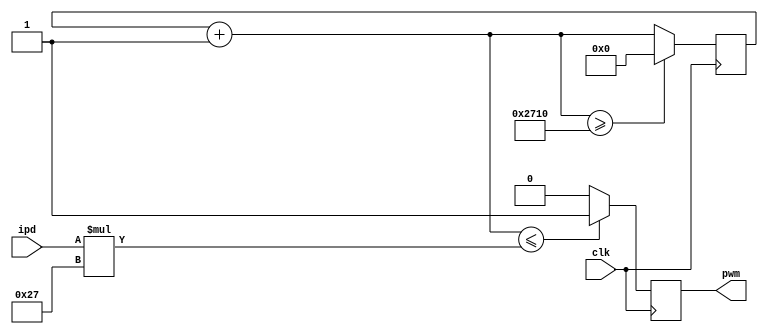
`timescale 1ns / 1ps
//////////////////////////////////////////////////////////////////////////////////
// Company: 
// Engineer: 
// 
// Design Name: 
// Module Name:    PWM 
// Project Name: 
// Target Devices: 
// Tool versions: 
// Description: 
//
// Dependencies: 
//
// Revision: 
// Revision 0.01 - File Created
// Additional Comments: 
//
//////////////////////////////////////////////////////////////////////////////////
module PWM(

	input clk,
	input [7:0]ipd,
	output  pwm
    );
	  // muestreo = 5ms , clock de 100MHz
	  // T = muestreo * clock = 500000s
	  // step count = 256
	  // step_delay = T/256 = 1953
	  
	 parameter step_delay = 39;
	 
	 
	reg pwmReg;
	reg [13:0] cont = 0; // log2(500000) = 18.93
	
	always @ (posedge clk)
		
		begin
			cont = cont + 1'b1;
			if (cont <= ipd*step_delay)
				pwmReg = 1;
				
			else 
				pwmReg = 0;
				
			if (cont >= 10000)
				cont = 0;
		end
		
		assign pwm = pwmReg;
		
endmodule